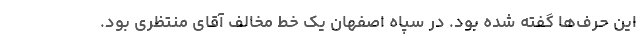
این حرف‌ها گفته شده بود. در سپاه اصفهان یک خط مخالف آقای منتظری بود.